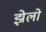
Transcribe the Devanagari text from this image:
झेलो